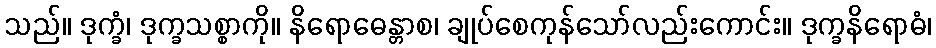
သည်။ ဒုက္ခံ၊ ဒုက္ခသစ္စာကို။ နိရောဓေန္တာစ၊ ချုပ်စေကုန်သော်လည်းကောင်း။ ဒုက္ခနိရောဓံ၊